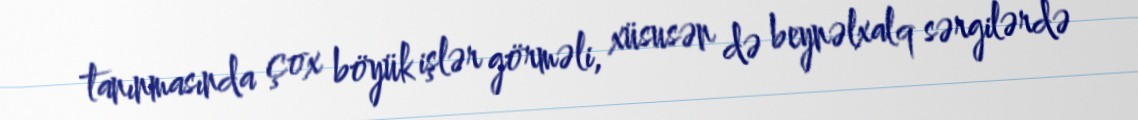
tanınmasında çox böyük işlər görməli, xüsusən də beynəlxalq sərgilərdə